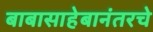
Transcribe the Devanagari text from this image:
बाबासाहेबानंतरचे